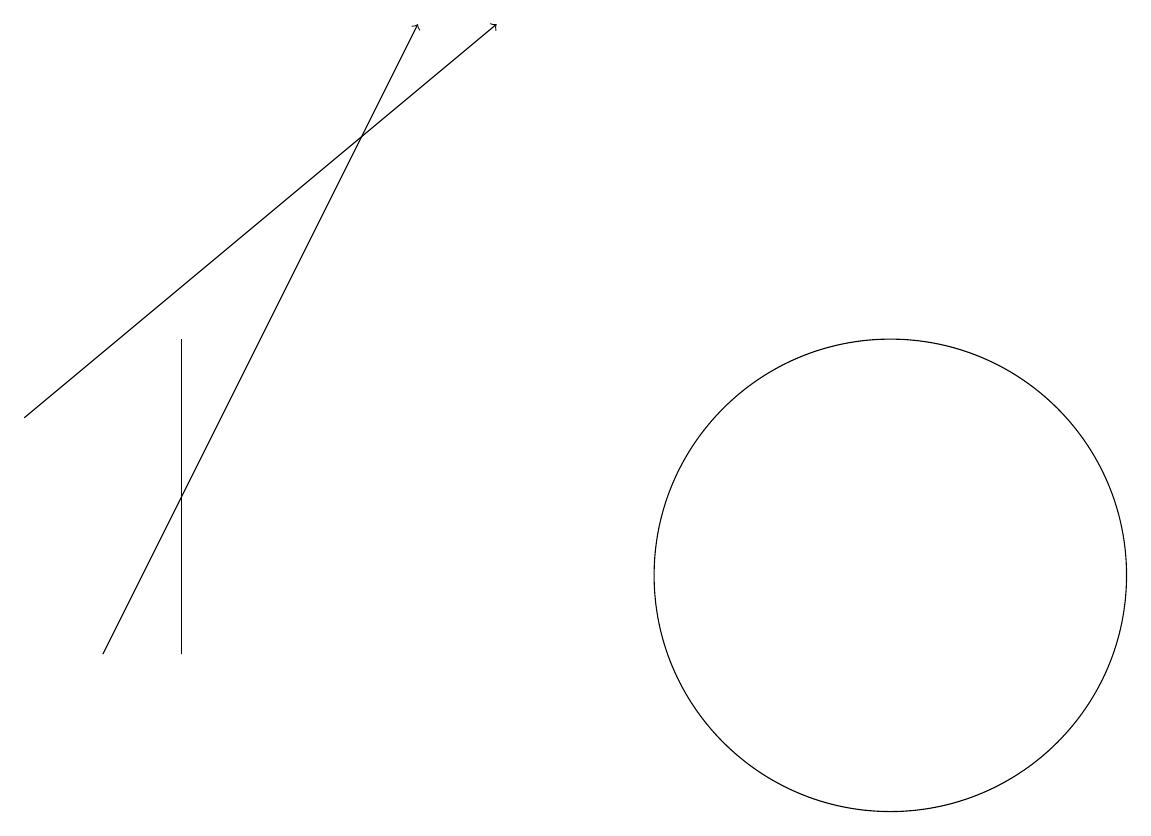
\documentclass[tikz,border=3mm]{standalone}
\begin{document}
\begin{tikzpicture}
\draw (3,10) rectangle (3,14);
\draw (12,11) circle (3);
\draw[->] (1,13) -- (7,18);
\draw[->] (2,10) -- (6,18);
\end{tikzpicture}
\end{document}